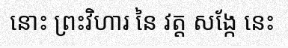
នោះ ព្រះវិហារ នៃ វត្ត សង្កែ នេះ